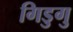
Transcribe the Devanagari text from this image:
गिडुगु